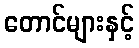
တောင်များနှင့်